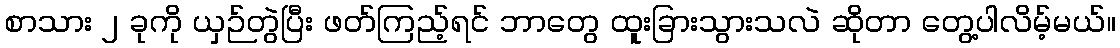
စာသား ၂ ခုကို ယှဉ်တွဲပြီး ဖတ်ကြည့်ရင် ဘာတွေ ထူးခြားသွားသလဲ ဆိုတာ တွေ့ပါလိမ့်မယ်။